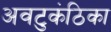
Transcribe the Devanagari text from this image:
अवटुकंठिका